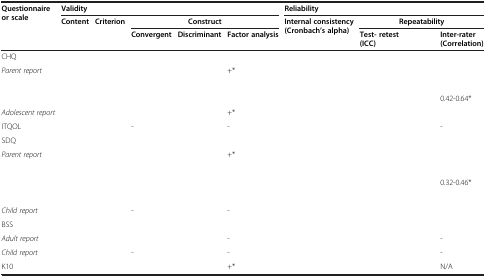
<table><thead><tr><td><b>Questionnaire or scale</b></td><td colspan="5"><b>Validity</b></td><td colspan="3"><b>Reliability</b></td></tr><tr><td>[EMPTY_CELL]</td><td><b>Content</b></td><td><b>Criterion</b></td><td colspan="3"><b>Construct</b></td><td><b>Internal consistency (Cronbach’s alpha)</b></td><td colspan="2"><b>Repeatability</b></td></tr><tr><td>[EMPTY_CELL]</td><td>[EMPTY_CELL]</td><td>[EMPTY_CELL]</td><td><b>Convergent</b></td><td><b>Discriminant</b></td><td><b>Factor analysis</b></td><td>[EMPTY_CELL]</td><td><b>Test- retest</b></td><td><b>Inter-rater</b></td></tr><tr><td>[EMPTY_CELL]</td><td>[EMPTY_CELL]</td><td>[EMPTY_CELL]</td><td>[EMPTY_CELL]</td><td>[EMPTY_CELL]</td><td>[EMPTY_CELL]</td><td>[EMPTY_CELL]</td><td><b>(ICC)</b></td><td><b>(Correlation)</b></td></tr></thead><tbody><tr><td>CHQ</td><td>[EMPTY_CELL]</td><td>[EMPTY_CELL]</td><td>[EMPTY_CELL]</td><td>[EMPTY_CELL]</td><td>[EMPTY_CELL]</td><td>[EMPTY_CELL]</td><td>[EMPTY_CELL]</td><td>[EMPTY_CELL]</td></tr><tr><td><i>Parent report</i></td><td>[EMPTY_CELL]</td><td>[EMPTY_CELL]</td><td>[EMPTY_CELL]</td><td>[EMPTY_CELL]</td><td>+*</td><td>[EMPTY_CELL]</td><td>[EMPTY_CELL]</td><td>[EMPTY_CELL]</td></tr><tr><td>[EMPTY_CELL]</td><td>[EMPTY_CELL]</td><td>[EMPTY_CELL]</td><td>[EMPTY_CELL]</td><td>[EMPTY_CELL]</td><td>[EMPTY_CELL]</td><td>[EMPTY_CELL]</td><td>[EMPTY_CELL]</td><td>[EMPTY_CELL]</td></tr><tr><td>[EMPTY_CELL]</td><td>[EMPTY_CELL]</td><td>[EMPTY_CELL]</td><td>[EMPTY_CELL]</td><td>[EMPTY_CELL]</td><td>[EMPTY_CELL]</td><td>[EMPTY_CELL]</td><td>[EMPTY_CELL]</td><td>0.42-0.64*</td></tr><tr><td><i>Adolescent report</i></td><td>[EMPTY_CELL]</td><td>[EMPTY_CELL]</td><td>[EMPTY_CELL]</td><td>[EMPTY_CELL]</td><td>+*</td><td>[EMPTY_CELL]</td><td>[EMPTY_CELL]</td><td>[EMPTY_CELL]</td></tr><tr><td>ITQOL</td><td>[EMPTY_CELL]</td><td>[EMPTY_CELL]</td><td>-</td><td>[EMPTY_CELL]</td><td>-</td><td>[EMPTY_CELL]</td><td>[EMPTY_CELL]</td><td>-</td></tr><tr><td>SDQ</td><td>[EMPTY_CELL]</td><td>[EMPTY_CELL]</td><td>[EMPTY_CELL]</td><td>[EMPTY_CELL]</td><td>[EMPTY_CELL]</td><td>[EMPTY_CELL]</td><td>[EMPTY_CELL]</td><td>[EMPTY_CELL]</td></tr><tr><td><i>Parent report</i></td><td>[EMPTY_CELL]</td><td>[EMPTY_CELL]</td><td>[EMPTY_CELL]</td><td>[EMPTY_CELL]</td><td>+*</td><td>[EMPTY_CELL]</td><td>[EMPTY_CELL]</td><td>[EMPTY_CELL]</td></tr><tr><td>[EMPTY_CELL]</td><td>[EMPTY_CELL]</td><td>[EMPTY_CELL]</td><td>[EMPTY_CELL]</td><td>[EMPTY_CELL]</td><td>[EMPTY_CELL]</td><td>[EMPTY_CELL]</td><td>[EMPTY_CELL]</td><td>[EMPTY_CELL]</td></tr><tr><td>[EMPTY_CELL]</td><td>[EMPTY_CELL]</td><td>[EMPTY_CELL]</td><td>[EMPTY_CELL]</td><td>[EMPTY_CELL]</td><td>[EMPTY_CELL]</td><td>[EMPTY_CELL]</td><td>[EMPTY_CELL]</td><td>0.32-0.46*</td></tr><tr><td>[EMPTY_CELL]</td><td>[EMPTY_CELL]</td><td>[EMPTY_CELL]</td><td>[EMPTY_CELL]</td><td>[EMPTY_CELL]</td><td>[EMPTY_CELL]</td><td>[EMPTY_CELL]</td><td>[EMPTY_CELL]</td><td>[EMPTY_CELL]</td></tr><tr><td><i>Child report</i></td><td>[EMPTY_CELL]</td><td>[EMPTY_CELL]</td><td>-</td><td>[EMPTY_CELL]</td><td>-</td><td>[EMPTY_CELL]</td><td>[EMPTY_CELL]</td><td>[EMPTY_CELL]</td></tr><tr><td>BSS</td><td>[EMPTY_CELL]</td><td>[EMPTY_CELL]</td><td>[EMPTY_CELL]</td><td>[EMPTY_CELL]</td><td>[EMPTY_CELL]</td><td>[EMPTY_CELL]</td><td>[EMPTY_CELL]</td><td>[EMPTY_CELL]</td></tr><tr><td><i>Adult report</i></td><td>[EMPTY_CELL]</td><td>[EMPTY_CELL]</td><td>[EMPTY_CELL]</td><td>[EMPTY_CELL]</td><td>-</td><td>[EMPTY_CELL]</td><td>[EMPTY_CELL]</td><td>-</td></tr><tr><td><i>Child report</i></td><td>[EMPTY_CELL]</td><td>[EMPTY_CELL]</td><td>-</td><td>[EMPTY_CELL]</td><td>-</td><td>[EMPTY_CELL]</td><td>[EMPTY_CELL]</td><td>-</td></tr><tr><td>K10</td><td>[EMPTY_CELL]</td><td>[EMPTY_CELL]</td><td>[EMPTY_CELL]</td><td>[EMPTY_CELL]</td><td>+*</td><td>[EMPTY_CELL]</td><td>[EMPTY_CELL]</td><td>N/A</td></tr></tbody></table>